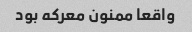
واقعا ممنون معرکه بود